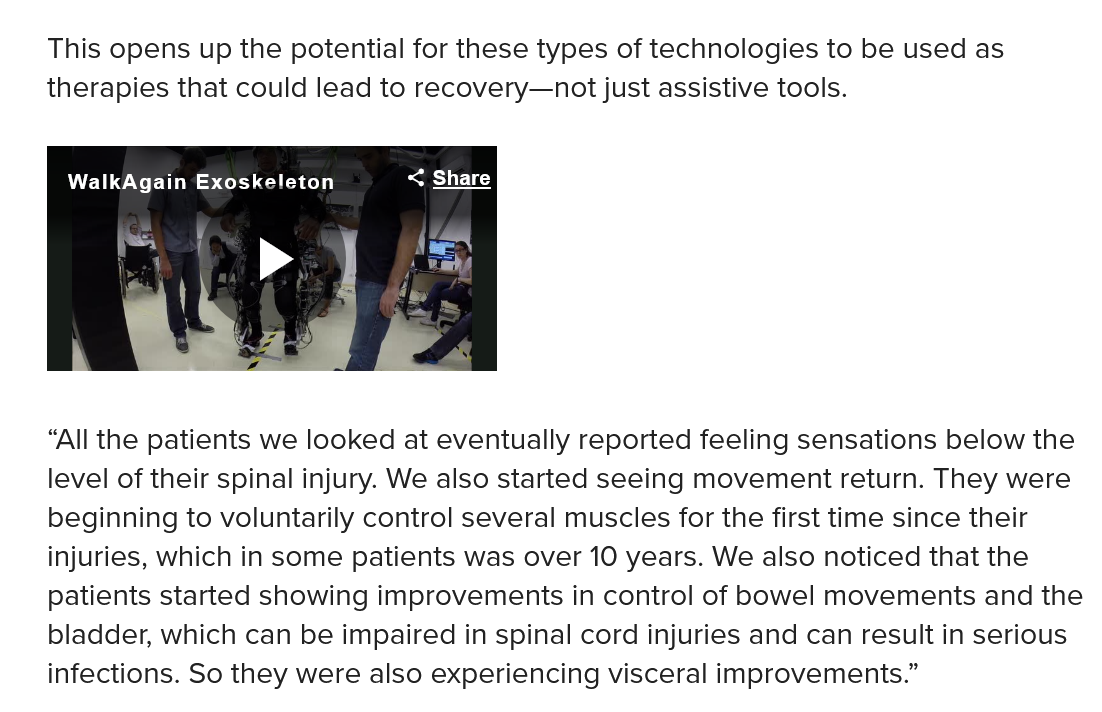
This opens up the potential for these types of technologies to be used as
    therapies that could lead to recovery—not just assistive tools.
    “All the patients we looked at eventually reported feeling sensations below the
    level of their spinal injury. We also started seeing movement return. They were
    beginning to voluntarily control several muscles for the first time since their
    injuries, which in some patients was over 10 years. We also noticed that the
    patients started showing improvements in control of bowel movements and the
    bladder, which can be impaired in spinal cord injuries and can result in serious
    infections. So they were also experiencing visceral improvements.”
     WalkAgain Exoskeleton    Aire ly